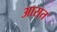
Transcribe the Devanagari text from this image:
आसत